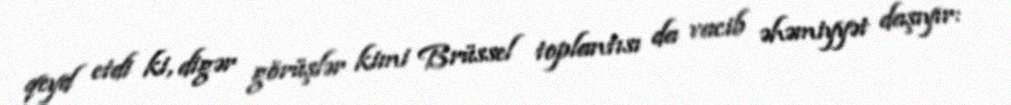
qeyd etdi ki, digər görüşlər kimi Brüssel toplantısı da vacib əhəmiyyət daşıyır: